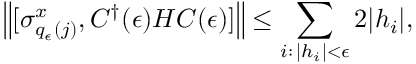
\left\| [ \sigma _ { q _ { \epsilon } ( j ) } ^ { x } , C ^ { \dagger } ( \epsilon ) H C ( \epsilon ) ] \right\| \leq \sum _ { i : \, | h _ { i } | < \epsilon } 2 | h _ { i } | ,